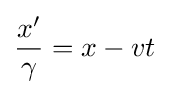
{\frac {x'}{\gamma }}=x-vt